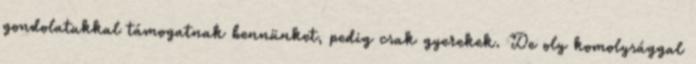
gondolatukkal támogatnak bennünket, pedig csak gyerekek. De oly komolysággal